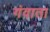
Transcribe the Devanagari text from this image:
गंवाता